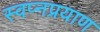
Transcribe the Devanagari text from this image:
स्वप्नप्रयाण